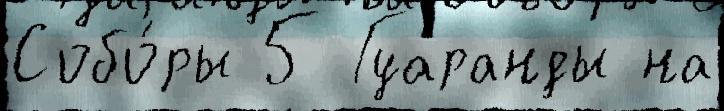
Собо́ры 5 Гуаранды на